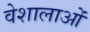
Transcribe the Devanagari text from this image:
वेशालाओं